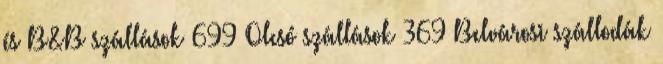
és B&B szállások 699 Olcsó szállások 369 Belvárosi szállodák